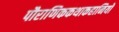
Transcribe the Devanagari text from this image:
पौराणिककथाकहानियों